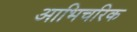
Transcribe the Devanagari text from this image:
आभिचरिक